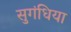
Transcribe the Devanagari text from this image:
सुगंधिया